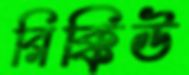
রিক্কিউ